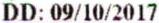
DD: 09/10/2017